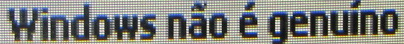
Windows nao e genuino